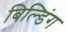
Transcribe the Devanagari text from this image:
बिल्‍डिंग